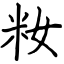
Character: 籹